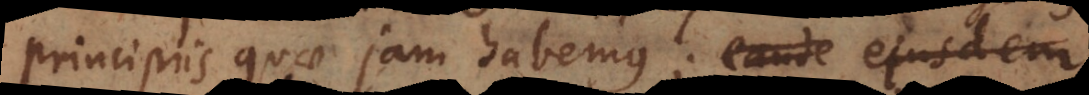
principiis quae jam habemus; eande ejusdem